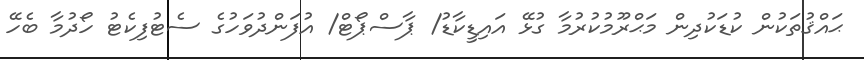
ޙައްޤުތަކުން ކުޑަކުދިން މަޙްރޫމުކުރުމާ ގުޅޭ އައިޑީކާޑު/ ޕާސްޕޯޓް/ އުފަންދުވަހުގެ ސެޓުފިކެޓު ހޯދުމާ ބެހޭ